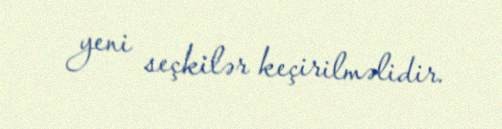
yeni seçkilər keçirilməlidir.